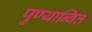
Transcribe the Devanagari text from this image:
पुण्यान्वित